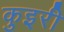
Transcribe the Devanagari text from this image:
कुइरी